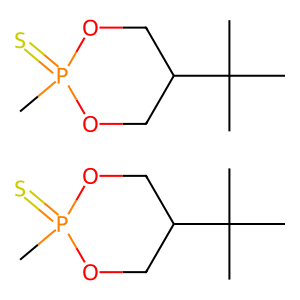
SMILES: CC(C)(C)C1COP(C)(=S)OC1.CC(C)(C)C1COP(C)(=S)OC1
Inhibits HIV replication: No